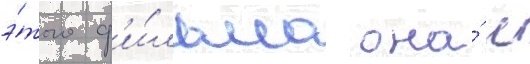
э́того ф'и́льма она́ с